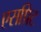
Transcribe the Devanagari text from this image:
एसप्रिट